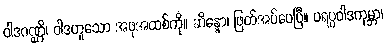
ဝါဒဂဏ္ဌိ၊ ဝါဒဟူသော အဖုအထစ်ကို။ ဆိန္နော၊ ဖြတ်အပ်ပေပြီ။ ပရပ္ပဝါဒကုမ္ဘာ၊